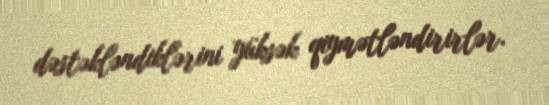
dəstəkləndiklərini yüksək qiymətləndirirlər.